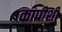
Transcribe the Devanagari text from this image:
कापीशी